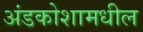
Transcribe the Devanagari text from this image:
अंडकोशामधील